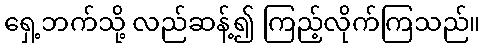
ရှေ့ဘက်သို့ လည်ဆန့်၍ ကြည့်လိုက်ကြသည်။